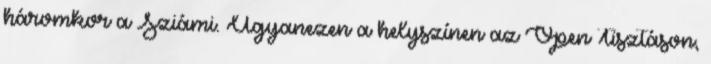
háromkor a Sziámi. Ugyanezen a helyszínen az Open Tisztáson,